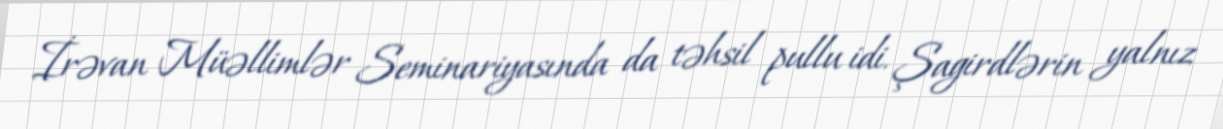
İrəvan Müəllimlər Seminariyasında da təhsil pullu idi. Şagirdlərin yalnız